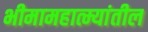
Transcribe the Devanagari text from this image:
भीमामहात्म्यांतील